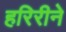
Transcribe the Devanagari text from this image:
हरिरीने